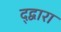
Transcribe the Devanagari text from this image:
द्द्वारा